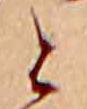
と